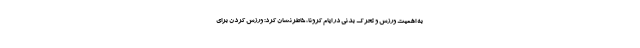
به اهمیت ورزش و تحرک بدنی در ایام کرونا، خاطرنشان کرد: ورزش کردن برای